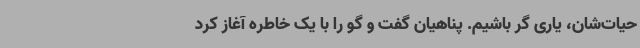
حیات‌شان، یاری گر باشیم. پناهیان گفت و گو را با یک خاطره آغاز کرد